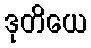
ဒုတိယေ